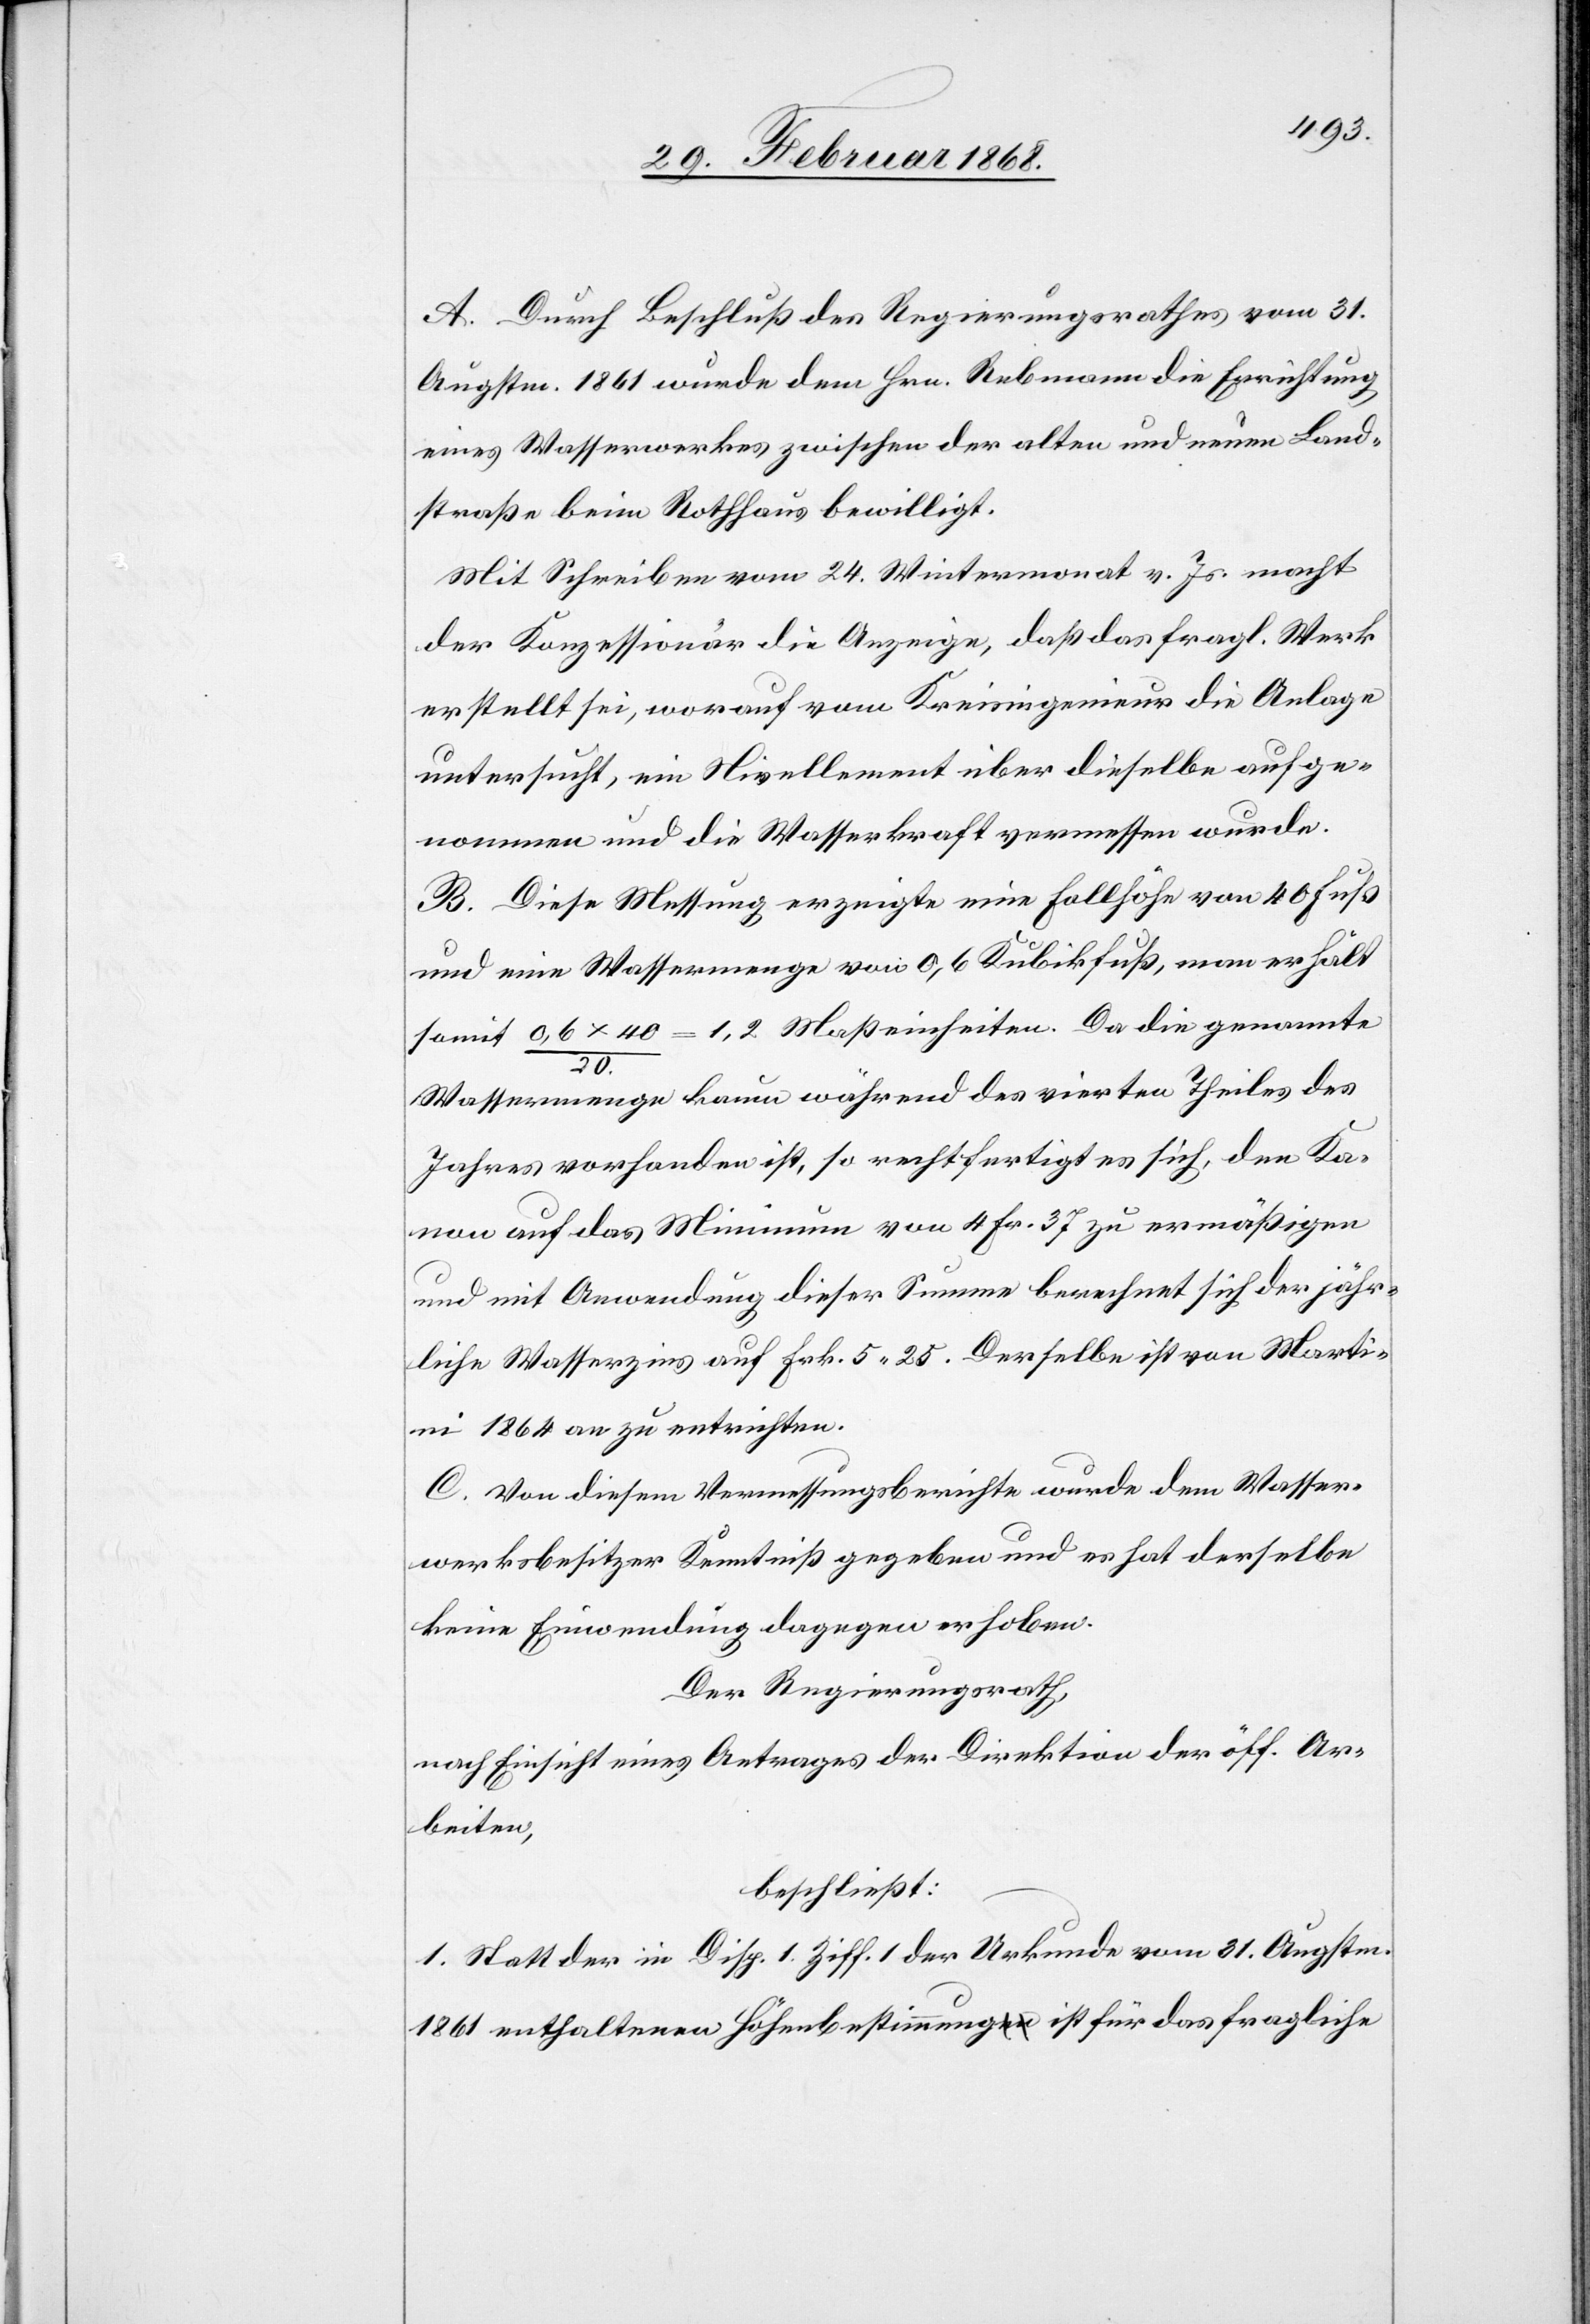
A. Durch Beschluß des Regierungsrathes vom 31.
Augstm. 1861 wurde dem Hrn. Rebmann die Errichtung
eines Wasserwerkes zwischen der alten und neuen Land¬
straße beim Rothhaus bewilligt.
Mit Schreiben vom 24. Wintermonat v. Js. macht
der Konzessionär die Anzeige, daß das fragl. Werk
erstellt sei, worauf vom Kreisingenieur die Anlage
untersucht, ein Nivellement über dieselbe aufge¬
nommen und die Wasserkraft vermessen wurde.
B. Diese Messung erzeigte eine Fallhöhe von 40 Fuß
und eine Wassermenge von 0,6 Kubikfuß, man erhält
somit 0,6 x 40 / 20. = 1,2 Maßeinheiten. Da die genannte
Wassermenge kaum während des vierten Theiles des
Jahres vorhanden ist, so rechtfertigt es sich, den Ka¬
non auf das Minimum von 4 Fr. 37 zu ermäßigen
und mit Anwendung dieser Summe berechnet sich der jähr¬
liche Wasserzins auf Frk. 5. 25. Derselbe ist von Marti¬
ni 1864 an zu entrichten.
C. Von diesem Vermessungsberichte wurde dem Wasser¬
werksbesitzer Kenntniß gegeben und es hat derselbe
keine Einwendung dagegen erhoben.
Der Regierungsrath,
nach Einsicht eines Antrages der Direktion der öff. Ar¬
beiten,
beschließt:
1. Statt der in Disp. 1. Ziff. 1 der Urkunde vom 31. Augstm.
1861 enthaltenen Höhenbestimmung ist für das fragliche